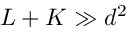
L + K \gg d ^ { 2 }